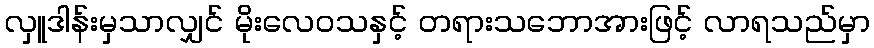
လှူဒါန်းမှသာလျှင် မိုးလေဝသနှင့် တရားသဘောအားဖြင့် လာရသည်မှာ